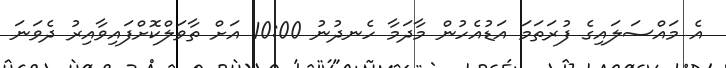
އެ މައްސަލައިގެ ފުރަތަމަ އަޑުއެހުން މާދަމާ ހެނދުނު 10:00 އަށް ތާވަލްކޮށްފައިވާއިރު ދެވަނަ